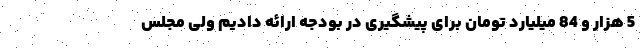
5 هزار و 84 میلیارد تومان برای پیشگیری در بودجه ارائه دادیم ولی مجلس